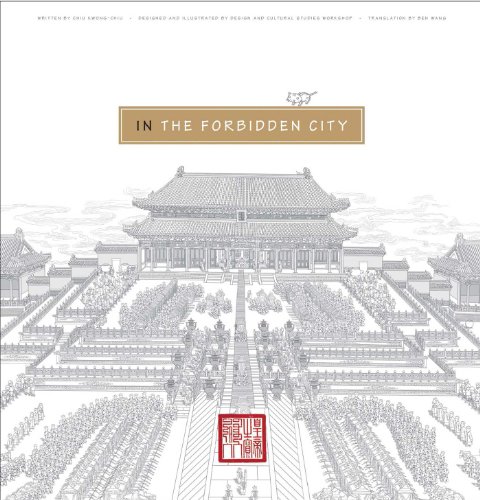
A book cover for In the Forbidden City (We All Live in the Forbidden City); Chiu Kwong-chiu; Children's Books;